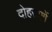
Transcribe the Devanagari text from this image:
दोहराएगें